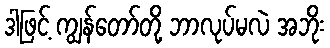
ဒါဖြင့် ကျွန်တော်တို့ ဘာလုပ်မလဲ အဘိုး